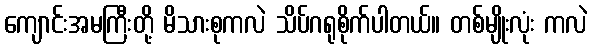
ကျောင်းအမကြီးတို့ မိသားစုကလဲ သိပ်ဂရုစိုက်ပါတယ်။ တစ်မျိုးလုံး ကလဲ